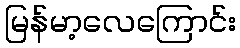
မြန်မာ့လေကြောင်း